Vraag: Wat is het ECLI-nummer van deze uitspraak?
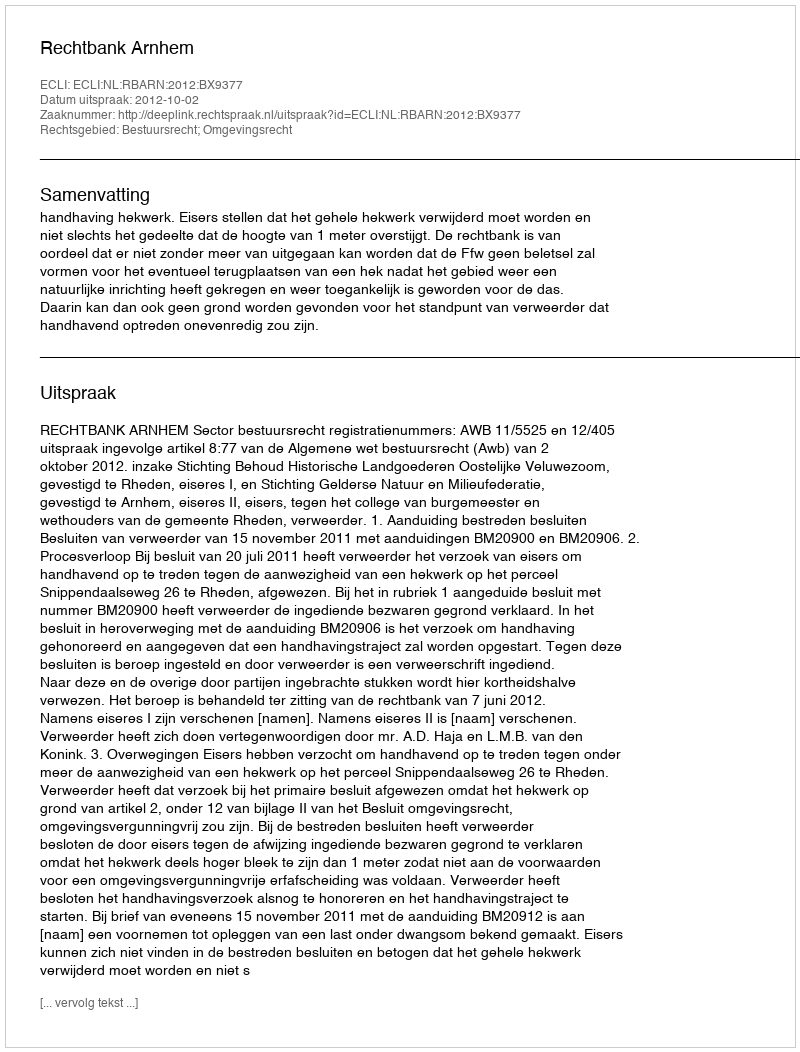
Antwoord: ECLI:NL:RBARN:2012:BX9377